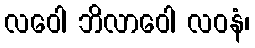
လဝေါ ဘိလာဝေါ လဝနံ၊